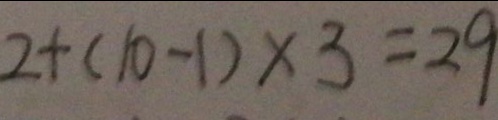
2 + ( 1 0 - 1 ) \times 3 = 2 9